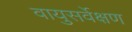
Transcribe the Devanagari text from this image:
वायुसर्वेक्षण